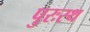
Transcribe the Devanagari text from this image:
पुरःस्थ